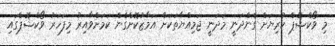
މި ވޯކްޝޮޕް ކުރިޔަށް ގެންދަނީ މަދަނީ ޖަމިއްޔާތަކަށް އަމާޒުކޮށްގެން ކަމަށްވާއިރު މިފަހަރު ވޯކްޝޮޕްގައި